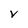
Character: V